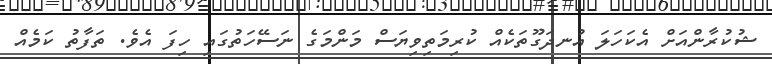
ޝުކުރާންއަށް އެކަހަލަ އުނދަގޫތަކެއް ކުރިމަތިވިޔަސް މަންމަގެ ނަސޭހަތުގައި ހިފަ އެވެ. ތަފާތު ކަމެއް